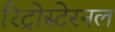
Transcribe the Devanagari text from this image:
रिट्रोस्टेरनल